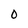
Character: O